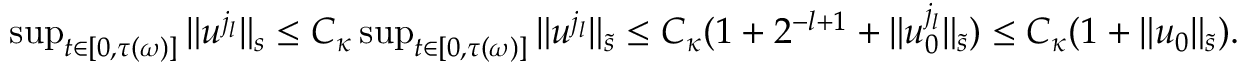
\begin{array} { r l } & { \operatorname* { s u p } _ { t \in [ 0 , \tau ( \omega ) ] } \| u ^ { j _ { l } } \| _ { s } \leq C _ { \kappa } \operatorname* { s u p } _ { t \in [ 0 , \tau ( \omega ) ] } \| u ^ { j _ { l } } \| _ { \tilde { s } } \leq C _ { \kappa } ( 1 + 2 ^ { - l + 1 } + \| u _ { 0 } ^ { j _ { l } } \| _ { \tilde { s } } ) \leq C _ { \kappa } ( 1 + \| u _ { 0 } \| _ { \tilde { s } } ) . } \end{array}